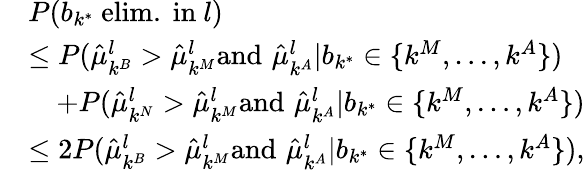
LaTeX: \begin{array}{rl}&{P(b_{k^{*}}\mathrm{~elim.~in~}l)}\\ &{\le P(\hat{\mu}_{k^{B}}^{l}>\hat{\mu}_{k^{M}}^{l}\mathrm{and}\, \, \hat{\mu}_{k^{A}}^{l}|b_{k^{*}}\in\{ k^{M},\dots,k^{A}\} )}\\ &{\quad+P(\hat{\mu}_{k^{N}}^{l}>\hat{\mu}_{k^{M}}^{l}\mathrm{and}\, \, \hat{\mu}_{k^{A}}^{l}|b_{k^{*}}\in\{ k^{M},\dots,k^{A}\} )}\\ &{\le 2P(\hat{\mu}_{k^{B}}^{l}>\hat{\mu}_{k^{M}}^{l}\mathrm{and}\, \, \hat{\mu}_{k^{A}}^{l}|b_{k^{*}}\in\{ k^{M},\dots,k^{A}\} ),}\end{array}